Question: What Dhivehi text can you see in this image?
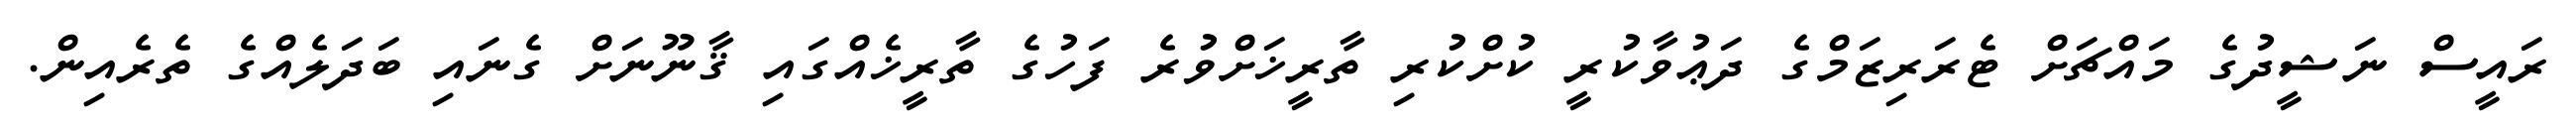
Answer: ރައީސް ނަޝީދުގެ މައްޗަށް ޓެރަރިޒަމްގެ ދަޢުވާކުރީ ކުށްކުރި ތާރީޚަށްވުރެ ފަހުގެ ތާރީޚެއްގައި ޤާނޫނަށް ގެނައި ބަދަލެއްގެ ތެރެއިން.